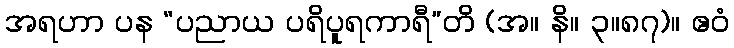
အရဟာ ပန “ပညာယ ပရိပူရကာရီ”တိ (အ။ နိ။ ၃။၈၇)။ ဧဝံ